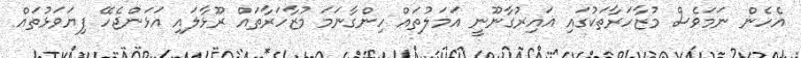
އެހެން ނަމަވެސް މުޒާހަރާތަކުގައި ޣައިރުގާނޫނީ އަމަލުތައް ހިންގާނަމަ މުޒާހަރާތައް ރޫޅާލައި އަޅަންޖެހޭ ފިޔަވަޅުތައް